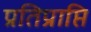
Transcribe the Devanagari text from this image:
प्रतिप्राप्ति